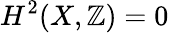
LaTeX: H^{2}(X,\mathbb{Z})=0